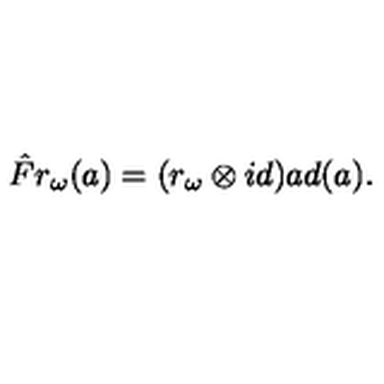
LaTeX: \hat { F } r _ { \omega } ( a ) = ( r _ { \omega } \otimes i d ) a d ( a ) .